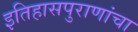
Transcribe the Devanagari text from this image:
इतिहासपुराणांचा